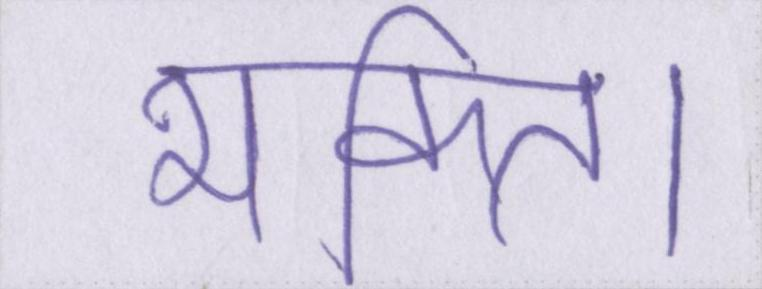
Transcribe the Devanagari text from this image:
भक्ति।